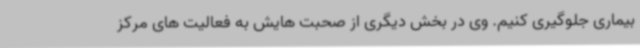
بیماری جلوگیری کنیم. وی در بخش دیگری از صحبت هایش به فعالیت های مرکز